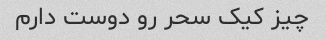
چیز کیک سحر رو دوست دارم